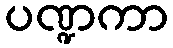
ပဏ္ဍကာ